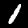
Label: 1